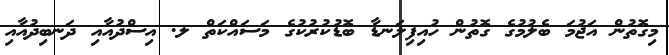
މިގޮތުން އަޖުމަ ބެލުމުގެ ގޮތުން ހުއިފިލަނޑާ ބޮޑުކުރުކުގެ މަސައްކަތް ލ. އިސްދުއާއި ދަނބިދުއާއި